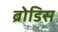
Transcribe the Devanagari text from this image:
ब्रोडिस